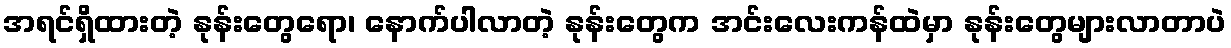
အရင်ရှိထားတဲ့ နုန်းတွေရော၊ နောက်ပါလာတဲ့ နုန်းတွေက အင်းလေးကန်ထဲမှာ နုန်းတွေများလာတာပဲ